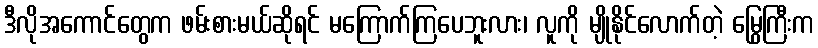
ဒီလိုအကောင်တွေက ဖမ်းစားမယ်ဆိုရင် မကြောက်ကြပေဘူးလား၊ လူကို မျိုနိုင်လောက်တဲ့ မြွေကြီးက